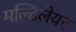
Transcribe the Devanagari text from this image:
मल्टिलेयर